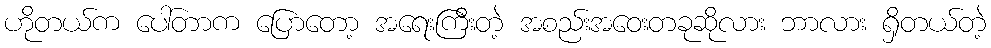
ဟိုတယ်က ပေါ်တာက ပြောတော့ အရေးကြီးတဲ့ အစည်းအဝေးတခုဆိုလား ဘာလား ရှိတယ်တဲ့